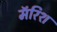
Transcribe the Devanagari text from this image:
मॅरिश